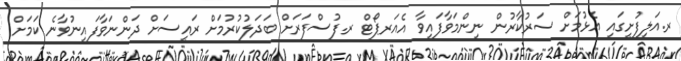
ރ.އަލިފުށީގައި އެޅުމަށް ސަރުކާރުން ނިންމަވާފައިވާ އެއަރޕޯޓް ރ.ފުސްފަރަށް ބަދަލުކުރުމަށް ރައީސަށް ދަންނަވާފައިނުވާނެ ކަމަށް